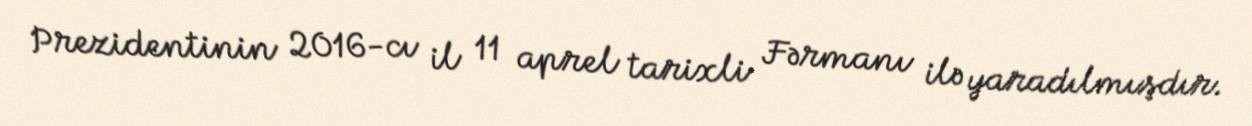
Prezidentinin 2016-cı il 11 aprel tarixli Fərmanı ilə yaradılmışdır.